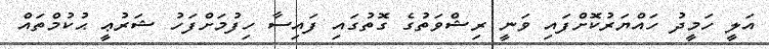
އަލީ ހަމީދު ހައްޔަރުކޮށްފައި ވަނީ ރިޝްވަތުގެ ގޮތުގައި ފައިސާ ހިފުމަށްފަހު ޝަރުޢީ ޙުކުމްތައް